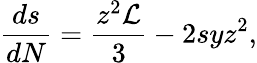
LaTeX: \frac{ds}{dN}=\frac{z^{2}\mathcal{L}}{3}-2syz^{2},